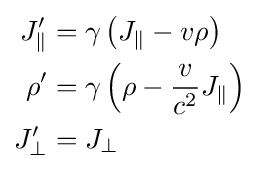
{\begin{aligned}J_{\parallel }'&=\gamma \left(J_{\parallel }-v\rho \right)\\\rho '&=\gamma \left(\rho -{\frac {v}{c^{2}}}J_{\parallel }\right)\\J_{\bot }'&=J_{\bot }\end{aligned}}